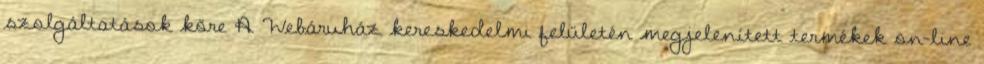
szolgáltatások köre A Webáruház kereskedelmi felületén megjelenített termékek on-line